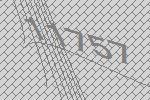
11757